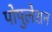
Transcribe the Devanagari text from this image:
पोपुलेशन